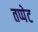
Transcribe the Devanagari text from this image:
तप्पेट